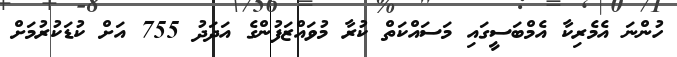
ހުންނަ އެމެރިކާ އެމްބަސީގައި މަސައްކަތް ކުރާ މުވައްޒަފުންގެ އަދަދު 755 އަށް ކުޑަކުރުމަށް